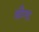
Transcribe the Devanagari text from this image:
बाँण्ड